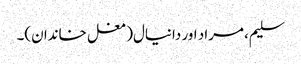
سلیم، مراد اور دانیال(مغل خاندان)۔